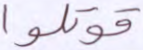
قوتلوا